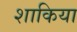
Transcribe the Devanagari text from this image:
शाकिया